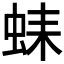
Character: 𧋆